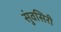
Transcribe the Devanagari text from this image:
सुंवसिरी